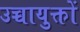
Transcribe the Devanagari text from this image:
उच्चायुक्तों